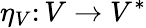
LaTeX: \eta_{V}\colon V\to V^{*}